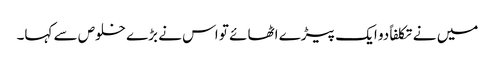
میں نے تکلفاً دو ایک پیڑے اٹھائے تو اس نے بڑے خلوص سے کہا۔